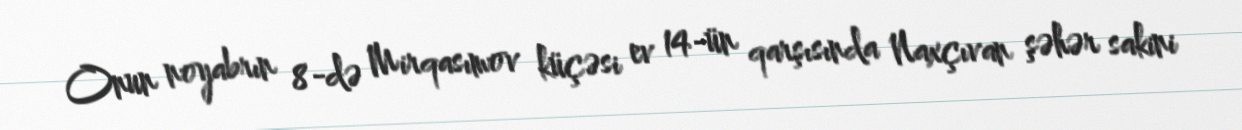
Onun noyabrın 8-də Mirqasımov küçəsi ev 14-ün qarşısında Naxçıvan şəhər sakini